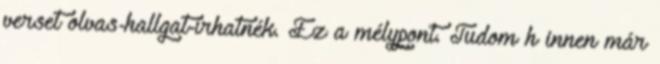
verset olvas-hallgat-írhatnék. Ez a mélypont. Tudom h innen már